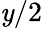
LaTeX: \mathit{y}/2